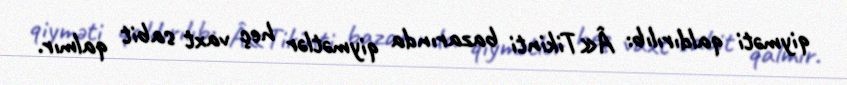
qiyməti qaldırılıb: Â«Tikinti bazarında qiymətlər heç vaxt sabit qalmır.